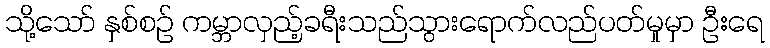
သို့သော် နှစ်စဉ် ကမ္ဘာလှည့်ခရီးသည်သွားရောက်လည်ပတ်မှုမှာ ဦးရေ